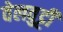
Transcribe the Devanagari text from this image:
वेलवुट्टी